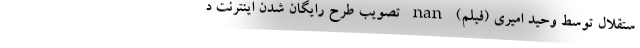
ستقلال توسط‌ وحید امیری (فیلم) nan تصویب طرح رایگان شدن اینترنت د